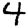
Digit: 4